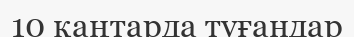
10 қаңтарда туғандар